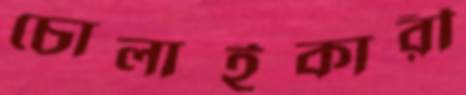
চোলাইকারী